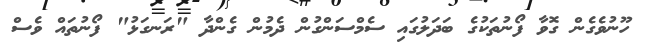
ހޫނުވެގެން ގޮވާ ފޯނުތަކުގެ ބަދަލުގައި ސެމްސަންގުން ދެމުން ގެންދާ "ރަނގަޅު" ފޯނުތައް ވެސް